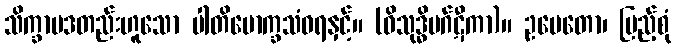
သိက္ခာပဒတည်းဟူသော ပါတိမောက္ခသံဝရနှင့်။ (ဝိသုဒ္ဓိမဂ်ဋီကာ)။ ဥပေတော၊ ပြည့်စုံ